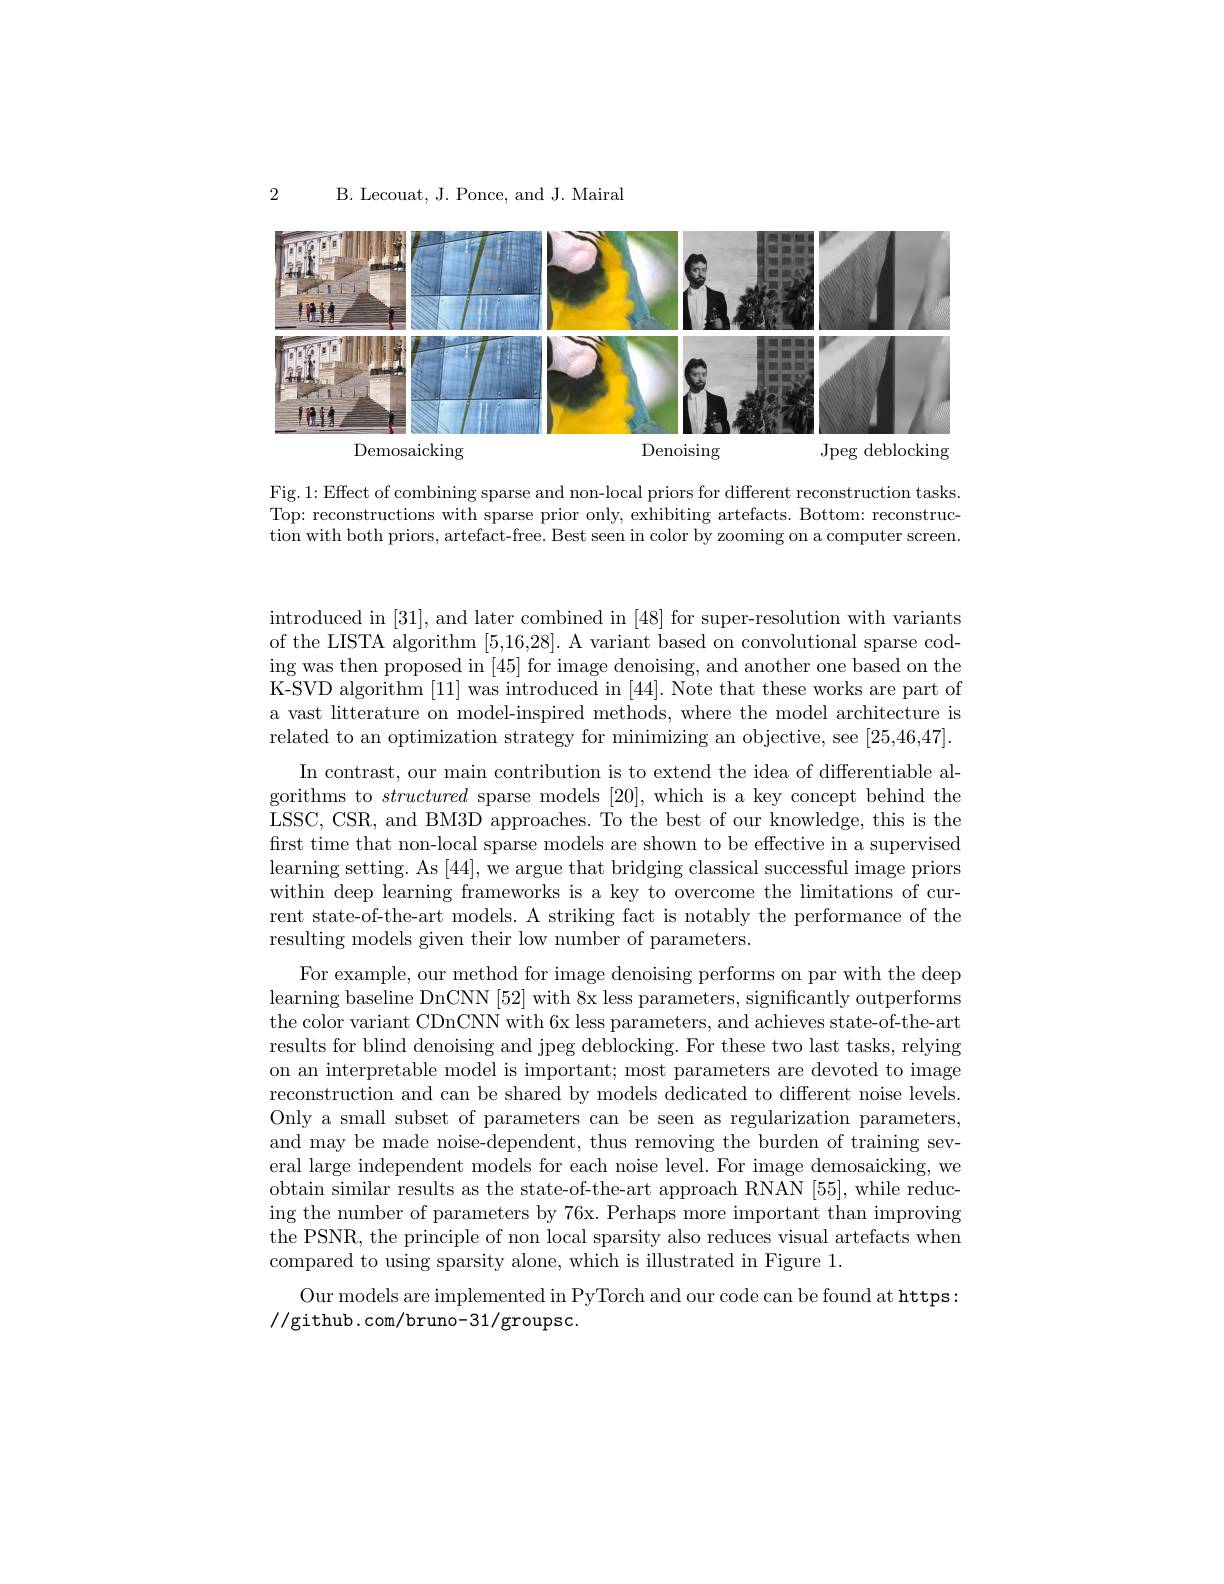
2

B. Lecouat, J. Ponce, and J. Mairal

<FigureHere>

Fig.1: Effect of combining sparse and non-local priors for different reconstruction tasks Top: reconstructions with sparse prior only, exhibiting artefacts. Bottom: reconstruction with both priors, artefact-free. Best seen in color by zooming on a computer screen.

introduced in [31],and later combined in [48] for super-resolution with variants of the LISTA algorithm [5,16,28]. A variant based on convolutional sparse coding was then proposed in [45] for image denoising, and another one based on the K-SVD algorithm [11] was introduced in [44]. Note that these works are part of a vast litterature on model-inspired methods, where the model architecture is related to an optimization strategy for minimizing an objective, see [25,46,47].
In contrast, our main contribution is to extend the idea of differentiable algorithms to structured sparse models [20],which is a key concept behind the LSSC, CSR, and BM3D approaches. To the best of our knowledge, this is the first time that non-local sparse models are shown to be effective in a supervised learning setting. As [44], we argue that bridging classical successful image priors within deep learning frameworks is a key to overcome the limitations of current state-of-the-art models. A striking fact is notably the performance of the resulting models given their low number of parameters.

For example, our method for image denoising performs on par with the deep learning baseline DnCNN [52] with 8x less parameters, significantly outperforms the color variant CDnCNN with 6x less parameters, and achieves state-of-the-art results for blind denoising and jpeg deblocking. For these two last tasks, relying on an interpretable model is important; most parameters are devoted to image reconstruction and can be shared by models dedicated to different noise levels. Only a small subset of parameters can be seen as regularization parameters, and may be made noise-dependent, thus removing the burden of training several large independent models for each noise level. For image demosaicking, we obtain similar results as the state-of-the-art approach RNAN [55], while reducing the number of parameters by 76x. Perhaps more important than improving the PSNR, the principle of non local sparsity also reduces visual artefacts when compared to using sparsity alone, which is illustrated in Figure 1.
Our models are implemented in PyTorch and our code can be found at https:
//github.com/bruno-31/groupsc.